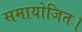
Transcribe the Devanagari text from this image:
समायोजित।